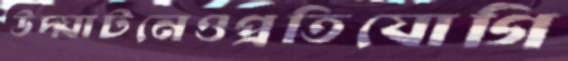
উদ্ঘাটনেওপ্রতিযোগি